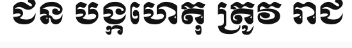
ជន បង្កហេតុ ត្រូវ រាជ